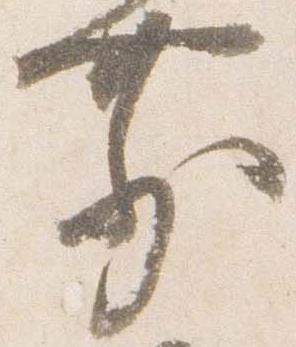
前